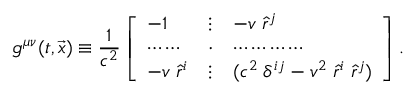
g ^ { \mu \nu } ( t , \vec { x } ) \equiv { \frac { 1 } { c ^ { 2 } } } \left[ \begin{array} { l l l } { { - 1 } } & { { \vdots } } & { { - v \; \hat { r } ^ { j } } } \\ { { \cdots \cdots } } & { { \cdot } } & { { \cdots \cdots \cdots \cdots } } \\ { { - v \; \hat { r } ^ { i } } } & { { \vdots } } & { { ( c ^ { 2 } \; \delta ^ { i j } - v ^ { 2 } \; \hat { r } ^ { i } \; \hat { r } ^ { j } ) } } \end{array} \right] .